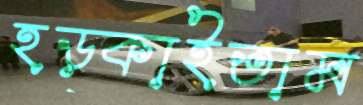
হড়্‌কাইতাম